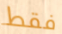
فقط